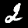
Digit: 2